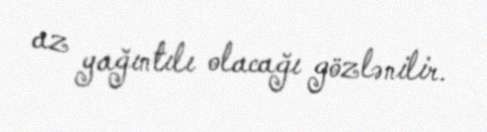
az yağıntılı olacağı gözlənilir.